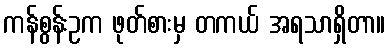
ကန်စွန်းဥက ဖုတ်စားမှ တကယ် အရသာရှိတာ။